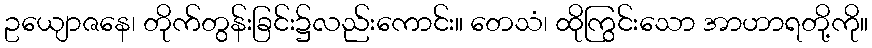
ဥယျောဇနေ၊ တိုက်တွန်းခြင်း၌လည်းကောင်း။ တေသံ၊ ထိုကြွင်းသော အာဟာရတို့ကို။